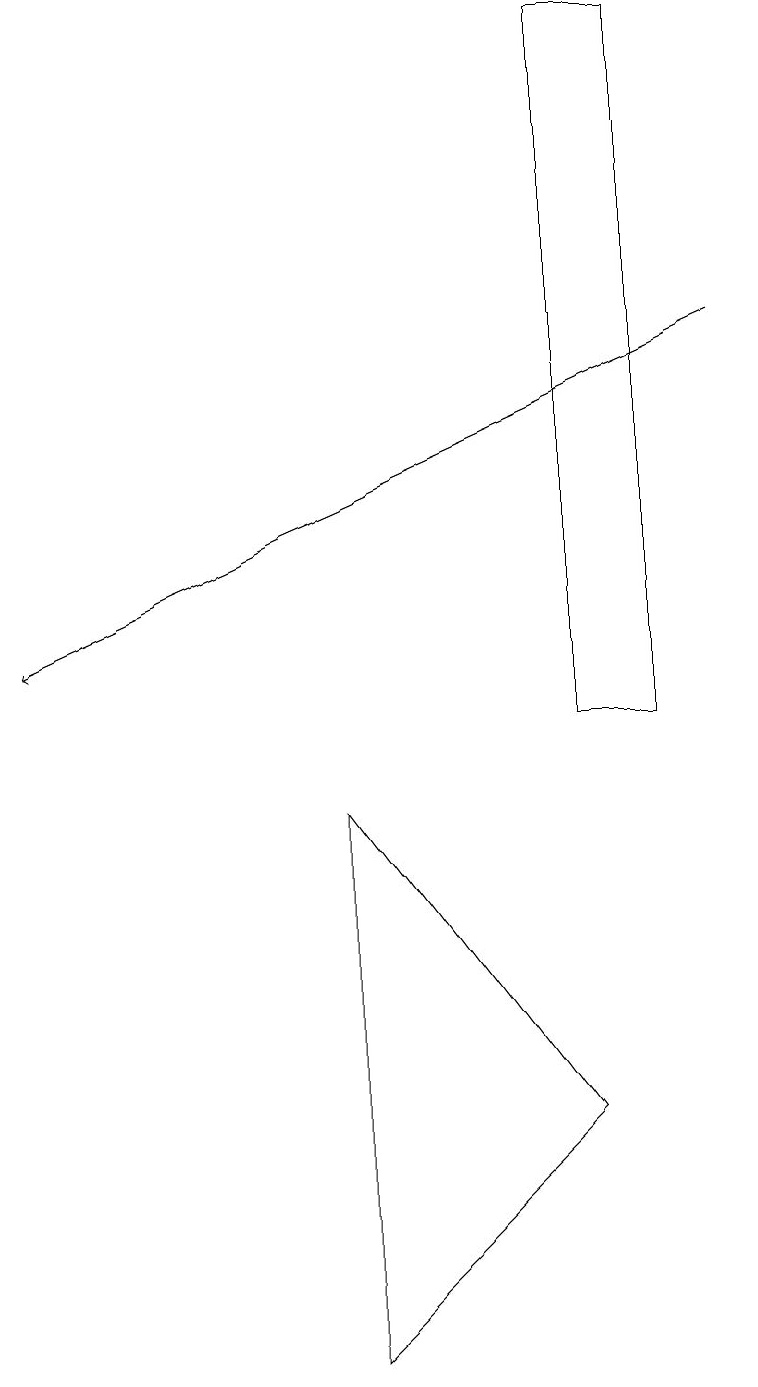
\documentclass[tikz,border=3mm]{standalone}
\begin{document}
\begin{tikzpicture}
\draw[->] (9,15) -- (0,11);
\draw (4,9) -- (4,2) -- (7,5) -- cycle;
\draw (7,10) rectangle (8,19);
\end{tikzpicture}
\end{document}